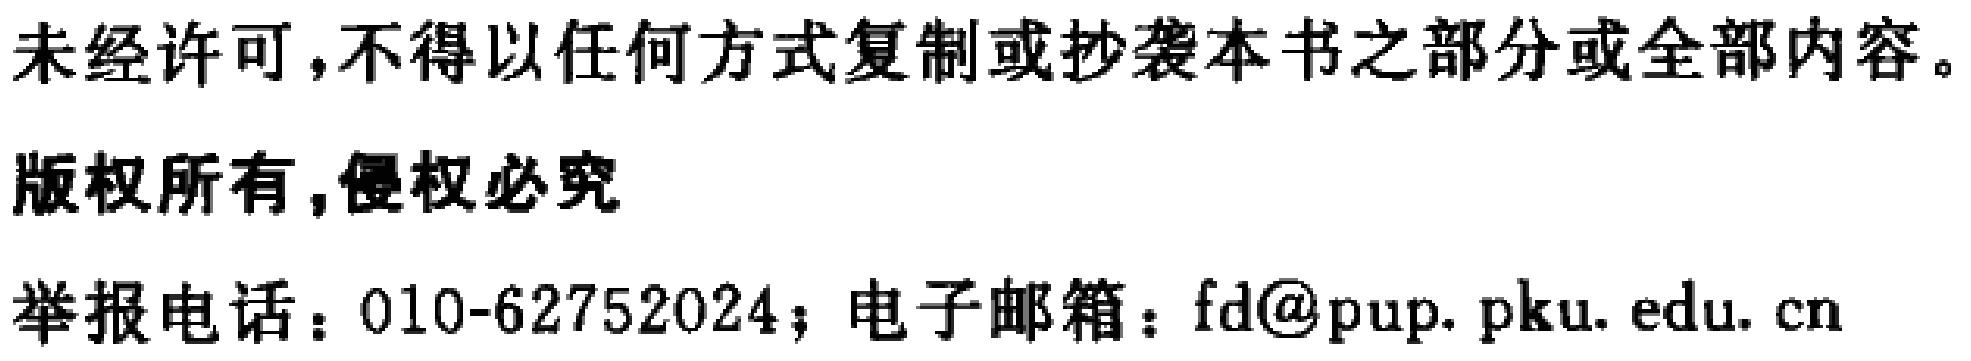
未经许可,不得以任何方式复制或抄袭本书之部分或全部内容。

版权所有,侵权必究

举报电话：010-62752024；电子邮箱：fd@pup.pku.edu.cn